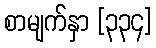
စာမျက်နှာ [၃၃၄]